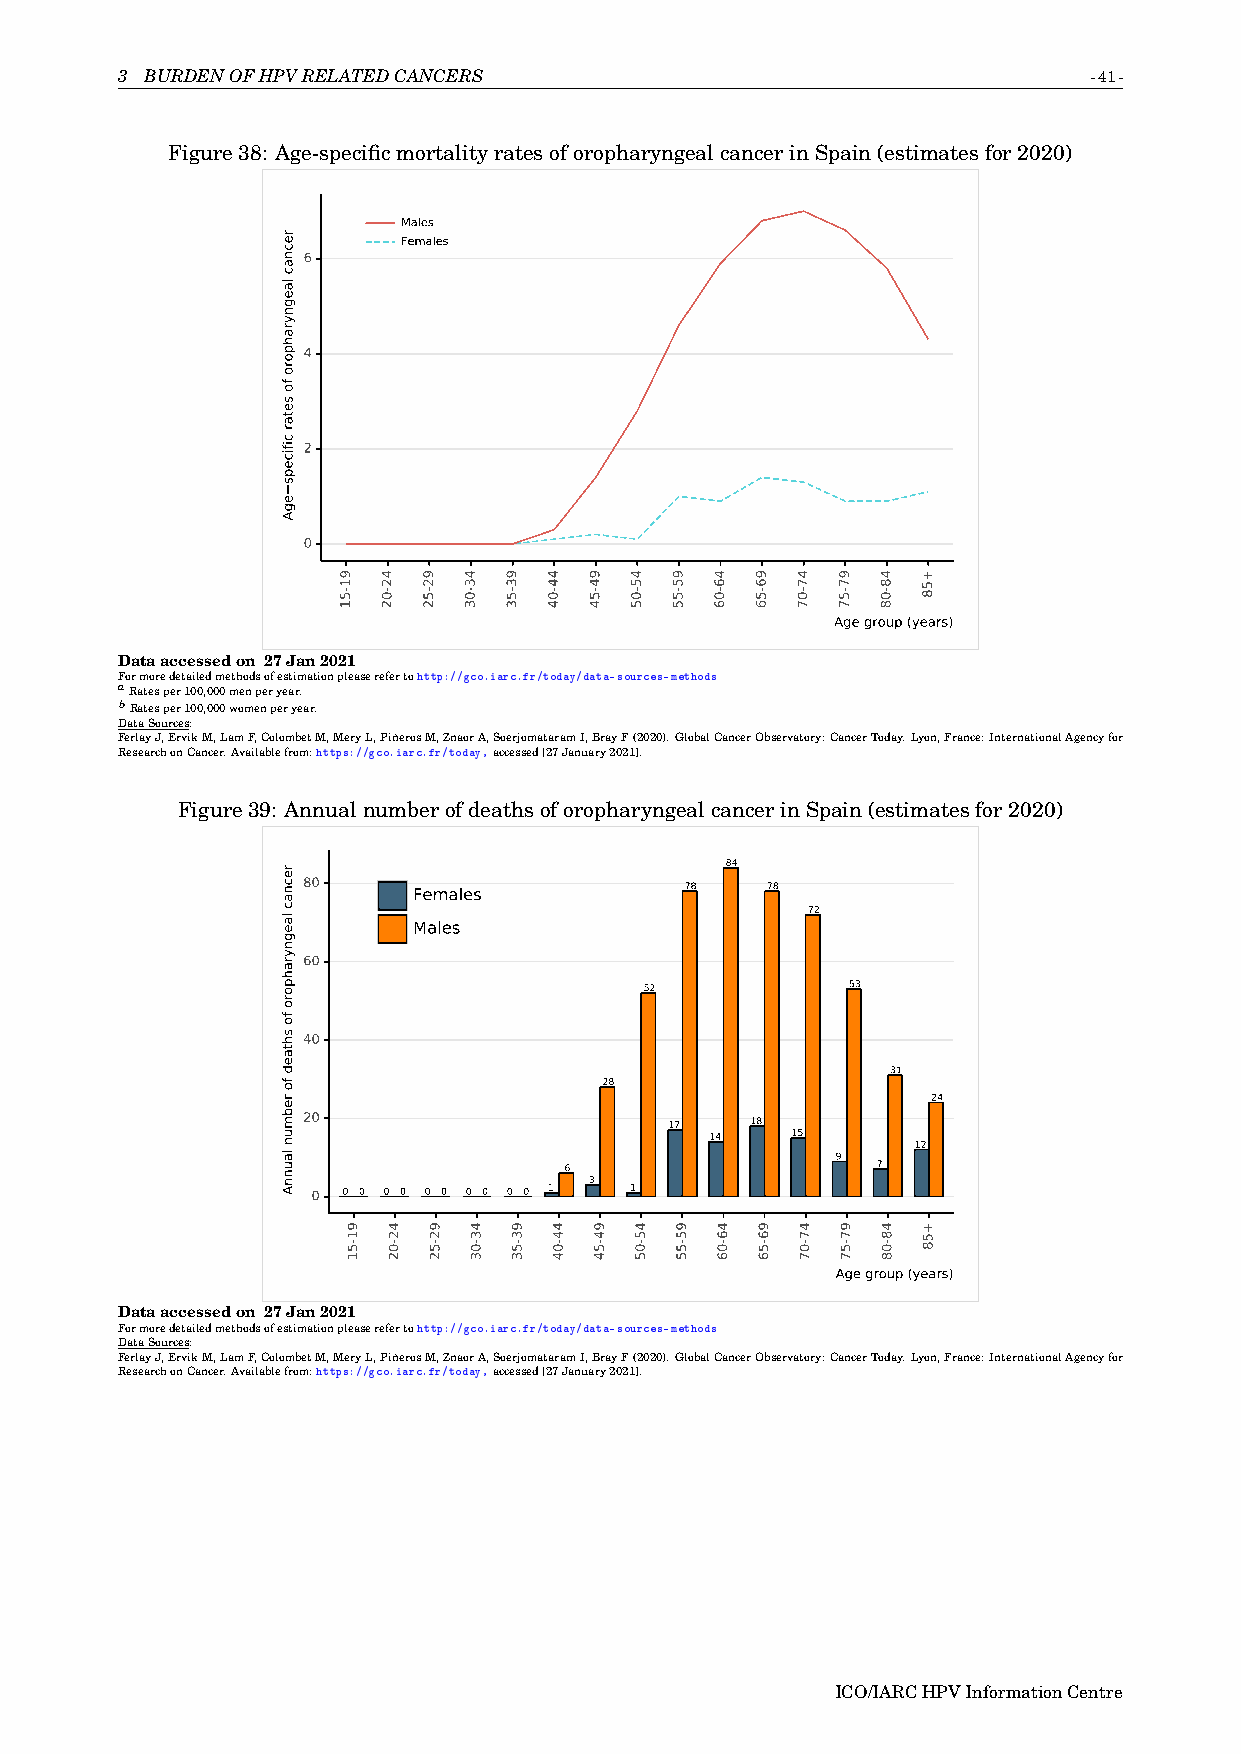
3 BURDENOFHPVRELATEDCANCERS                                     -41-
 Figure38: Age-specificmortalityratesoforopharyngealcancerinSpain(estimatesfor2020)
 Males
 Females
 6
 4
 2
 0
 Age group (years)
 Dataaccessedon 27Jan2021
 Formoredetailedmethodsofestimationpleaserefertohttp://gco.iarc.fr/today/data-sources-methods
 aRatesper100,000menperyear.
 bRatesper100,000womenperyear.
 DataSources:
 FerlayJ,ErvikM,LamF,ColombetM,MeryL,PiñerosM,ZnaorA,SoerjomataramI,BrayF(2020).GlobalCancerObservatory:CancerToday.Lyon,France:InternationalAgencyfor
 ResearchonCancer.Availablefrom:https://gco.iarc.fr/today,accessed[27January2021].
 Figure39: AnnualnumberofdeathsoforopharyngealcancerinSpain(estimatesfor2020)
 84
 80                       78    78
 Females
 72
 Males
 60
 52           53
 40
 31
 28
 24
 20                      17    18
 14   15
 12
 9
 6                    7
 3
 0 0 0 0 0 0 0 0 0 0 0 1 1
 Age group (years)
 Dataaccessedon 27Jan2021
 Formoredetailedmethodsofestimationpleaserefertohttp://gco.iarc.fr/today/data-sources-methods
 DataSources:
 FerlayJ,ErvikM,LamF,ColombetM,MeryL,PiñerosM,ZnaorA,SoerjomataramI,BrayF(2020).GlobalCancerObservatory:CancerToday.Lyon,France:InternationalAgencyfor
 ResearchonCancer.Availablefrom:https://gco.iarc.fr/today,accessed[27January2021].
 ICO/IARCHPVInformationCentre
 recnac
 laegnyrahporo
 fo
 setar
 cificeps
 egA
 recnac
 laegnyrahporo
 fo
 shtaed
 fo
 rebmun
 launnA
 91-51
 91-51
 42-02
 42-02
 92-52
 92-52
 43-03
 43-03
 93-53
 93-53
 44-04
 44-04
 94-54
 94-54
 45-05
 45-05
 95-55
 95-55
 46-06
 46-06
 96-56
 96-56
 47-07
 47-07
 97-57
 97-57
 48-08
 48-08
 +58
 +58